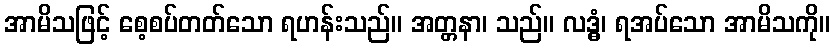
အာမိသဖြင့် စေ့စပ်တတ်သော ရဟန်းသည်။ အတ္တနာ၊ သည်။ လဒ္ဓံ၊ ရအပ်သော အာမိသကို။